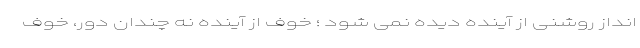
انداز روشنی از آینده دیده نمی شود ؛ خوف از آینده نه چندان دور، خوف